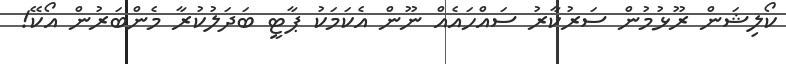
ކޯލިޝަން ރޫޅުމުން ސަރުކާރު ސައްހައެއް ނޫން އެކަމަކު ޕާޓީ ބަދަލުކުރާ މެންބަރުން އޯކޭ!